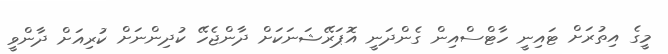
މީގެ އިތުރަށް ޓައިނީ ހާޓްސްއިން ގެންދަނީ އޮޕަރޭޝަނަކަށް ދާންޖެހޭ ކުދިންނަށް ކުރިއަށް ދާންވީ